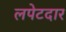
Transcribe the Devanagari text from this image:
लपेटदार